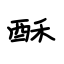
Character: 酥